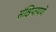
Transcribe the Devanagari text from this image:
संक्षिप्‍तपणे